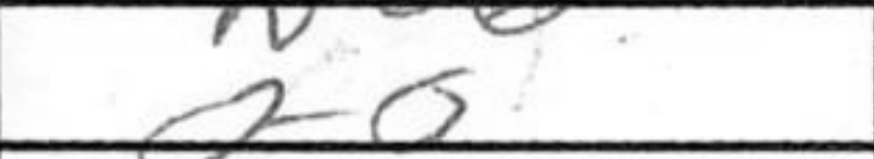
Transcription: O-O